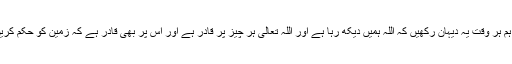
تو راقم الحروف کے ذہن میں ایک تجویز یہ ہے کہ اگر ہم ہر وقت یہ دیہان رکھیں کہ اللہ ہمیں دیکھ رہا ہے اور اللہ تعالیٰ ہر چیز پر قادر ہے اور اس پر بھی قادر ہے کہ زمین کو حکم کریں کہ فلاں عاصی کو نگل لو،تو پھر ہمارا کیا حال ہوگا؟